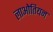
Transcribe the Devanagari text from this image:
लाओतियन